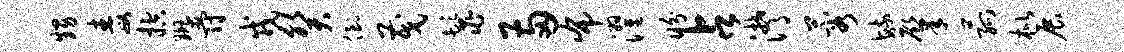
甥毒控斑爵戎癸倒茂鬣两布濯盼占潸蓉毓肇菰枇展